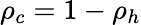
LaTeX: \rho_{c}=1-\rho_{h}